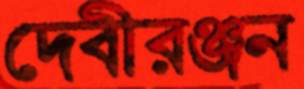
দেবীরঞ্জন